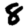
Digit: 8